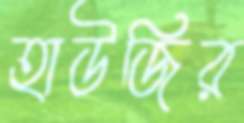
হাউজির